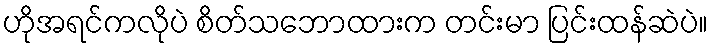
ဟိုအရင်ကလိုပဲ စိတ်သဘောထားက တင်းမာ ပြင်းထန်ဆဲပဲ။